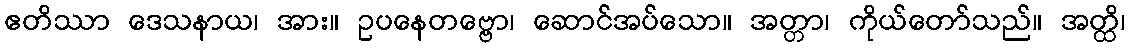
ဧတိဿာ ဒေသနာယ၊ အား။ ဥပနေတဗ္ဗော၊ ဆောင်အပ်သော။ အတ္တာ၊ ကိုယ်တော်သည်။ အတ္ထိ၊